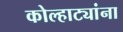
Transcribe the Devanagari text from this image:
कोल्हाट्यांना